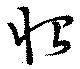
怡